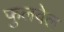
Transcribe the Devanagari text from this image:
फुलवेल